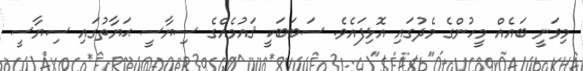
މިވަނީ ބައެއް މީހުންގެ މެދުގައި އޮޅިފައެވެ. ސަބަބަކީ ޤައުމެއްގެ ސިޔާސީ ޙަޔާތުގައި ސިޔާސީ